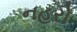
નહરો